Annual report of the Prince of Wales Medical College, Patna
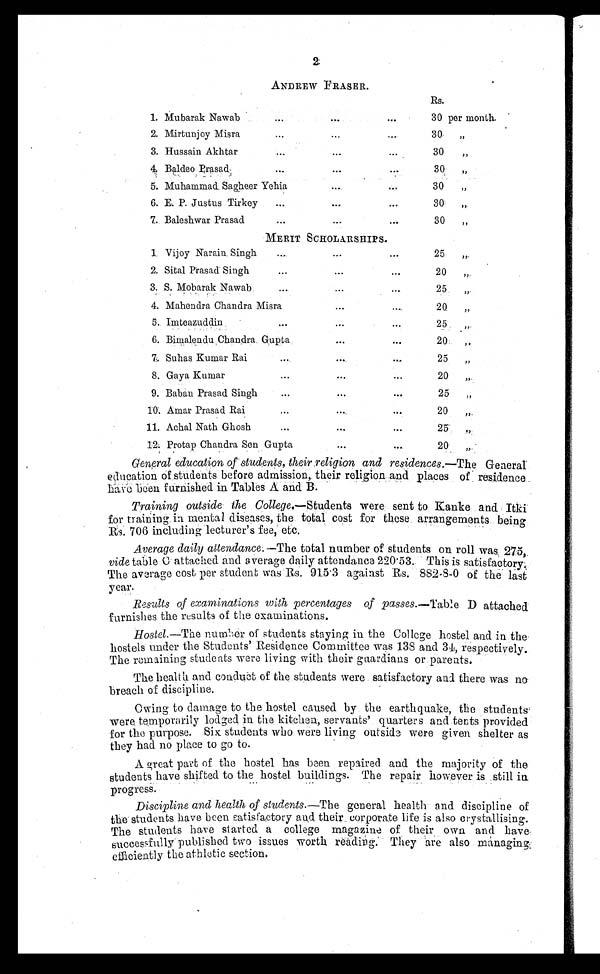
2
ANDREW FRASER.
Rs.
1. Mubarak Nawab
30 per month.
2. Mirtunjoy Misra
30 „
3. Hussain Akhtar
30 „
4. Baldeo Prasad
30 „
5. Muhammad Sagheer Yehia
30 „
6. E. P. Justus Tirkey
30 „
7. Baleshwar Prasad
30 „
MERIT SCHOLARSHIPS.
1. Vijoy Narain. Singh
25 „
2. Sital Prasad' Singh
20 „
3. S. Mobarak Nawab
25 „
4. Mahendra Chandra Misra
20 „
5. Imteazuddin
25 „
6. Bimalendu Chandra. Gupta
20 „
7. Suhas Kumar Rai
25 „
8. Gaya Kumar
20 ,,.
9. Baban Prasad Singh
25 „
10. Amar Prasad Rai
20 „
11. Achal Nath Ghosh
25 „
12. Protap Chandra Sell. Gupta
20 „
General education of students, their religion and residences.— The General
education of students before admission,. their religion and places of residence
h a v e b e e n f u r n i s h e d i n T a b l e s A . a n d B .
Training outside the College. —Students were sent to Kanke and. Itki
for training , in mental diseases, the total cost for these arrangements being
Rs. 706 including lecturer's fee, etc.
Average daily attendance. —The total number of students on roll was. 275
vide table C attached and average daily attendance 220·53. This is satisfactory:
The average cost per student was Rs. 915·3 against Rs. 882-8-0 of the last
year.
Results of examinations with percentages of passes. —Table D attached
furnishes the results of the examinations.
Hostel. —The number of students staying in the College hostel and in the
hostels under the Students' Residence Committee was 138 and 34, respectively.
The remaining students were living with their guardians or parents.
The health and conduet of the students were satisfactory and there was no
breach of discipline.
Owing to damage to the hostel caused by the earthquake, the students.
were temporarily lodged in the kitchen, servants' quarters and tents provided
for the purpose. Six students who were living outside were given shelter as
they had no place to go to.
A great part of the hostel has been repaired and the majority of the
students have shifted to the hostel buildings. The repair however is still in
progress.
Discipline and health of students. —The general health and discipline of
the students have been satisfactory and their corporate life is also crystallising.
The students have started a college magazine of their own and have.
successfully published two issues worth reading. They are also managing
efficiently the athletic section.